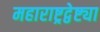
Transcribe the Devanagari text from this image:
महाराष्ट्रद्वेष्ट्या